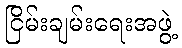
ငြိမ်းချမ်းရေးအဖွဲ့